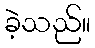
ခဲ့သည်။